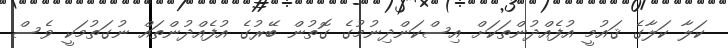
ކަލާ ކަލާގެ ޤައުމީ އުފެއްދުންތަކަށް އިސްކަންދިނުމުގެ ގޮތުން ބޭރުގެ އުފެއްދުންތައް ނުގަތުމަކީ ވެސް